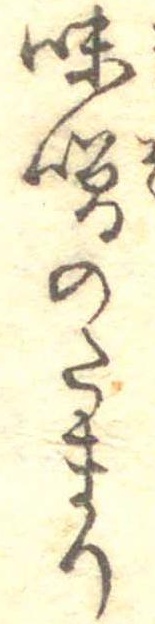
味噌のたまり